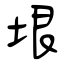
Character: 垠